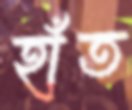
হাঁত